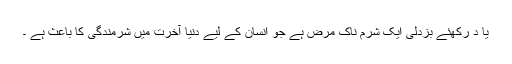
یا د رکھئے بزدلی ایک شرم ناک مرض ہے جو انسان کے لیے دنیا آخرت میں شرمندگی کا باعث ہے ۔